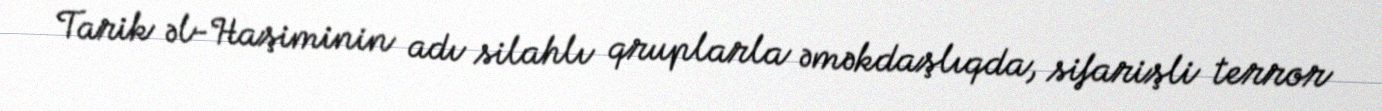
Tarik əl-Haşiminin adı silahlı qruplarla əməkdaşlıqda, sifarişli terror